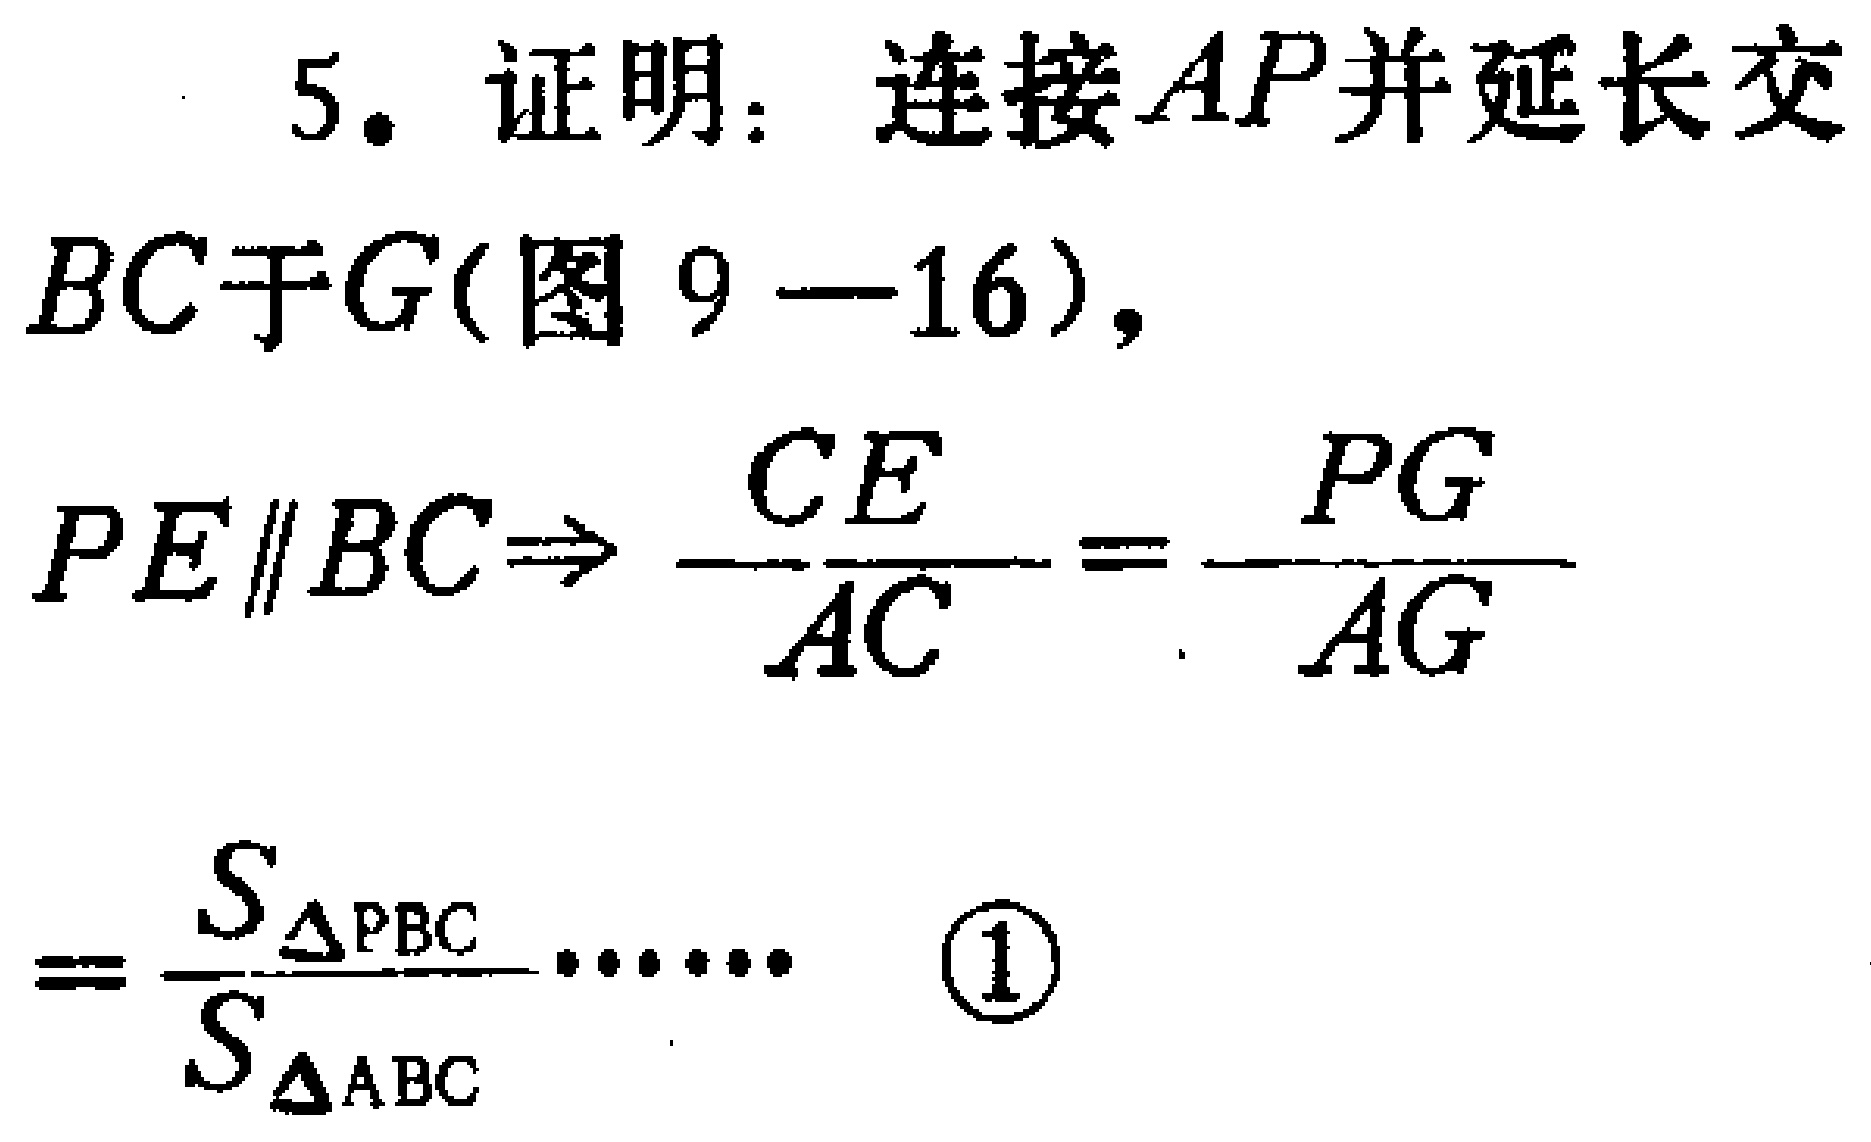
5. 证明：连接 \(AP\) 并延长交 \(BC\) 于 \(G\)（图 9—16），
\(PE\parallel BC\Rightarrow \frac{CE}{AC}=\frac{PG}{AG}\)
\(=\frac{S_{\triangle PBC}}{S_{\triangle ABC}}\cdots\cdots\) \textcircled{1}